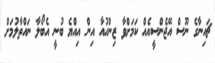
ޗައިނާގެ ނޫސް އޭޖެންސީއެއް ކަމަށްވާ ޒިންހުއާ އިން އިއްޔެ ބުނީ އެބޯލާ ނައްތާލުމަށް